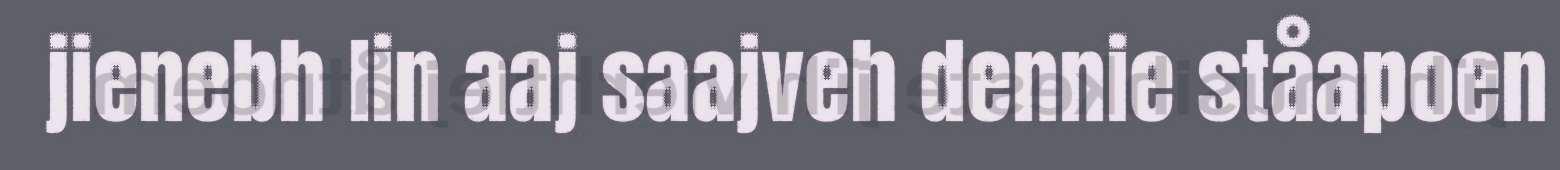
jienebh lin aaj saajveh dennie ståapoen